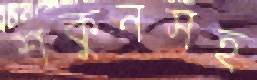
শকুনসহ